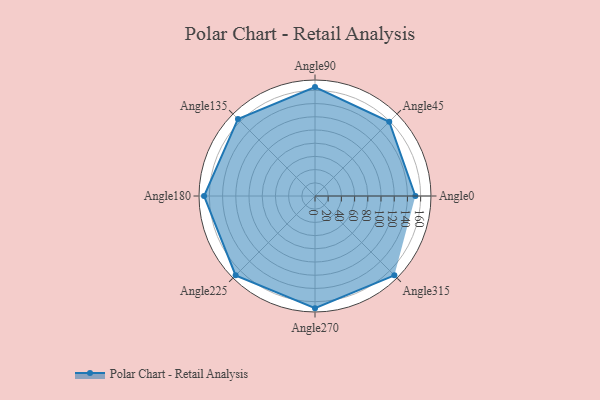
{"axis": {"x": "Angle", "y": "Radius"}, "legend": [""], "data": [{"x": "Angle0", "y": 152.0, "type": ""}, {"x": "Angle45", "y": 159.0, "type": ""}, {"x": "Angle90", "y": 165.0, "type": ""}, {"x": "Angle135", "y": 165.0, "type": ""}, {"x": "Angle180", "y": 168.0, "type": ""}, {"x": "Angle225", "y": 170, "type": ""}, {"x": "Angle270", "y": 170, "type": ""}, {"x": "Angle315", "y": 170, "type": ""}]}